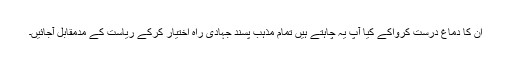
ان کا دماغ درست کرواکے کیا آپ یہ چاہتے ہیں تمام مذہب پسند جہادی راہ اختیار کرکے ریاست کے مدمقابل آجائیں۔